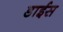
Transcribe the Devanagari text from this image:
डाईस